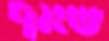
שאף